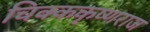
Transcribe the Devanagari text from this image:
चिक्ककृष्णराज